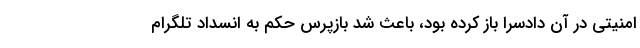
امنیتی در آن دادسرا باز کرده بود، باعث شد بازپرس حکم به انسداد تلگرام